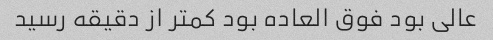
عالی بود فوق العاده بود کمتر از دقیقه رسید